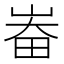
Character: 𱰳